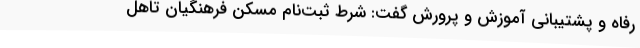
رفاه و پشتیبانی آموزش و پرورش گفت: شرط ثبت‌نام مسکن فرهنگیان تاهل